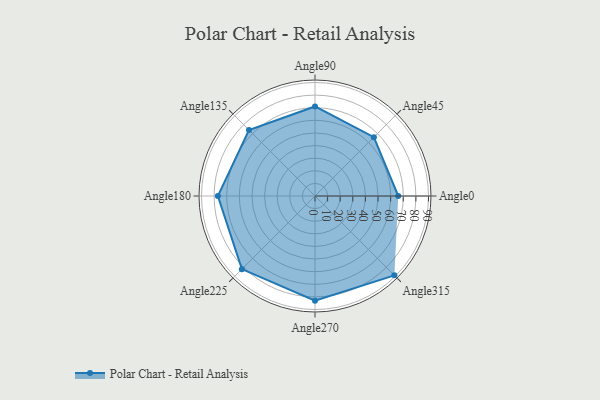
{"axis": {"x": "Angle", "y": "Radius"}, "legend": [""], "data": [{"x": "Angle0", "y": 66.0, "type": ""}, {"x": "Angle45", "y": 66.0, "type": ""}, {"x": "Angle90", "y": 71.0, "type": ""}, {"x": "Angle135", "y": 74.0, "type": ""}, {"x": "Angle180", "y": 77.0, "type": ""}, {"x": "Angle225", "y": 82.0, "type": ""}, {"x": "Angle270", "y": 83.0, "type": ""}, {"x": "Angle315", "y": 89.0, "type": ""}]}